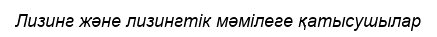
Лизинг және лизингтік мәмілеге қатысушылар